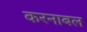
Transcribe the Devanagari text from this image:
करनाबल